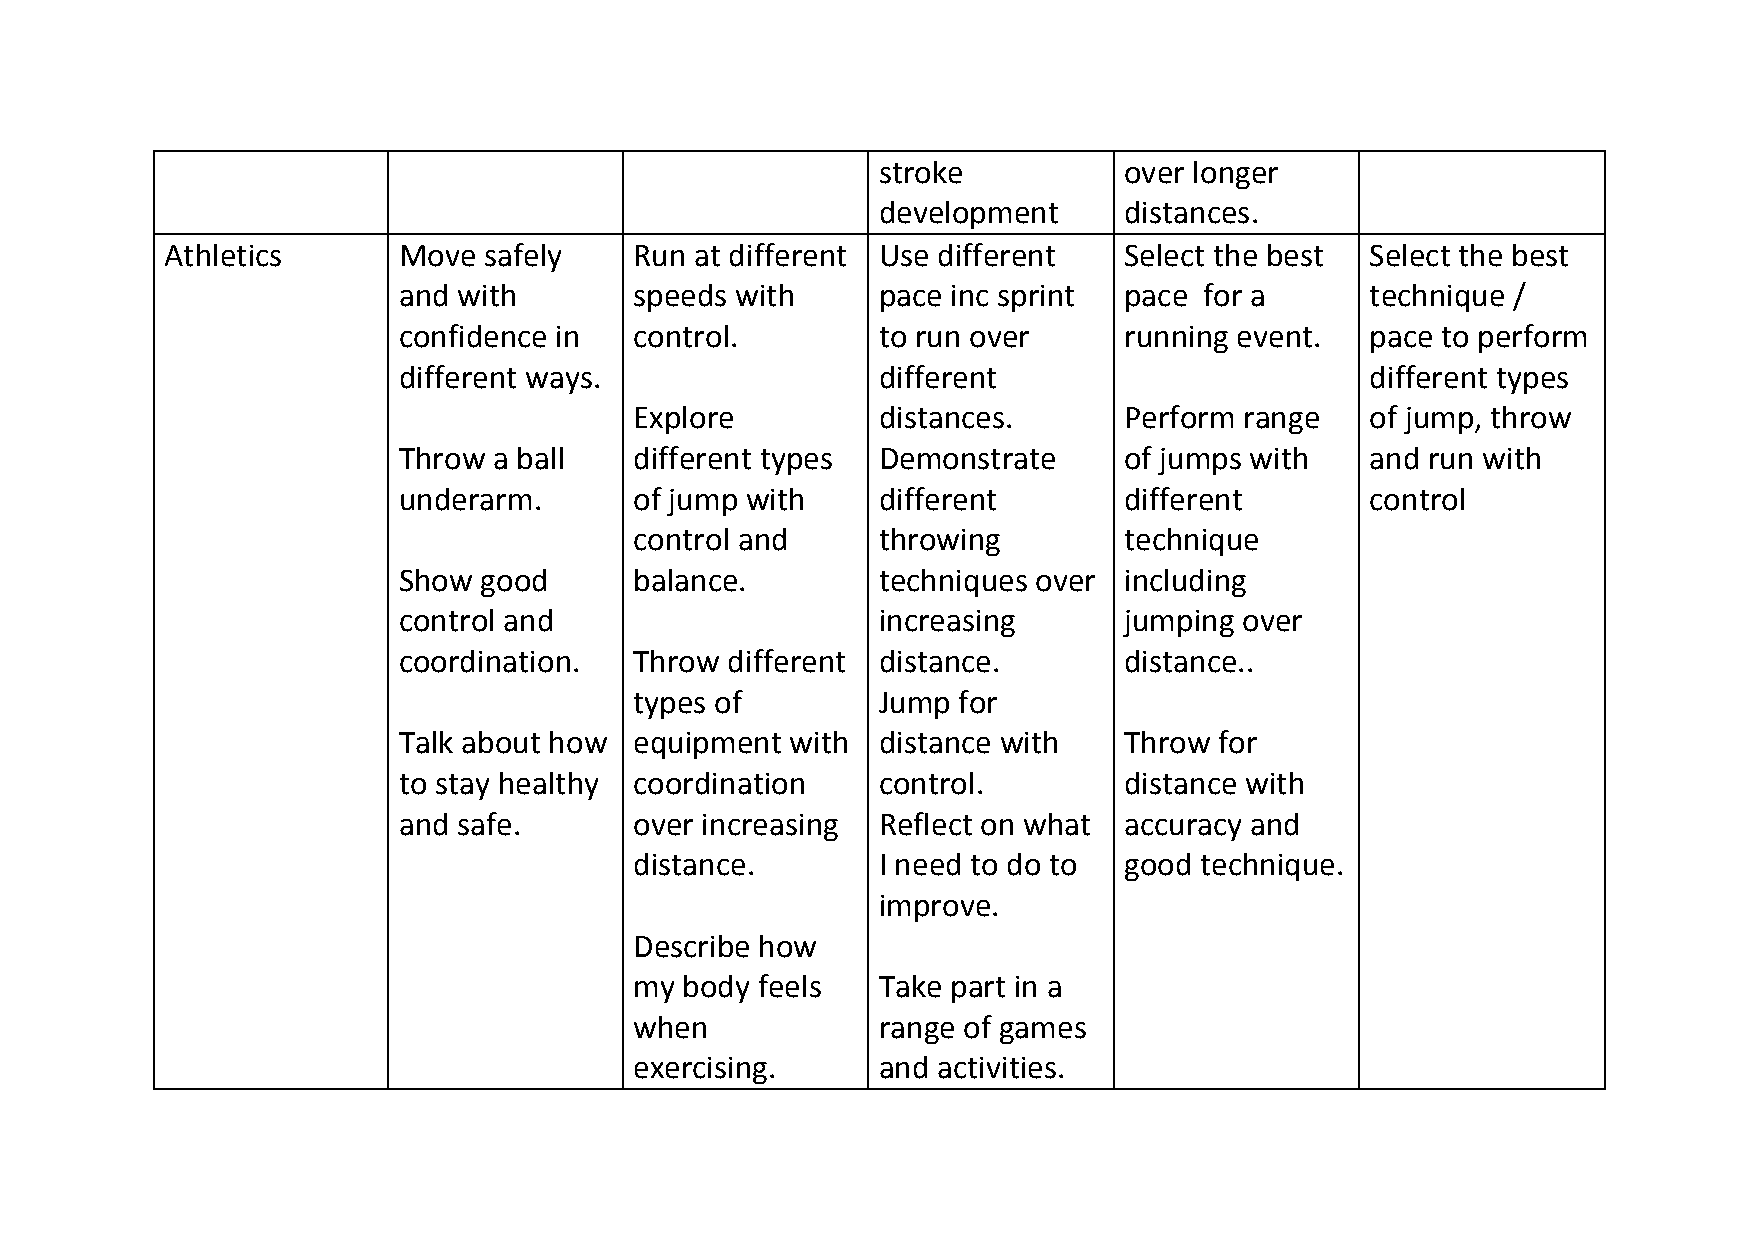
stroke          over longer
 development     distances.
 Athletics      Move  safely    Run at different Use different  Select the best  Select the best
 and with        speeds with     pace inc sprint pace  for a      technique /
 confidence in   control.        to run over     running event.   pace to perform
 different ways.                 different                        different types
 Explore         distances.      Perform range    of jump, throw
 Throw  a ball   different types Demonstrate     of jumps with    and run with
 underarm.       of jump with    different       different        control
 control and     throwing        technique
 Show  good      balance.        techniques over including
 control and                     increasing      jumping over
 coordination.   Throw different distance.       distance..
 types of        Jump for
 Talk about how  equipment with  distance with   Throw  for
 to stay healthy coordination    control.        distance with
 and safe.       over increasing Reflect on what accuracy and
 distance.       I need to do to good technique.
 improve.
 Describe how
 my body feels   Take part in a
 when            range of games
 exercising.     and activities.